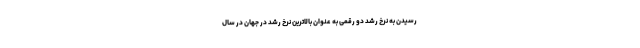
رسیدن به نرخ رشد دو رقمی به عنوان بالاترین نرخ رشد در جهان در سال